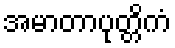
အမာတာပုတ္တိကံ